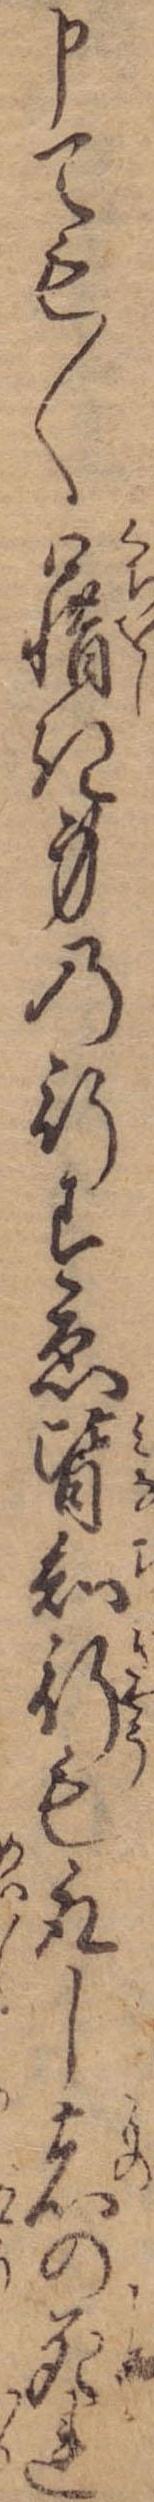
申ても〱口惜き身の行すゑ皆知行も取し者の死れ